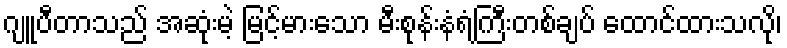
ဂျူပီတာသည် အဆုံးမဲ့ မြင့်မားသော မီးစုန်းနံရံကြီးတစ်ချပ် ထောင်ထားသလို၊